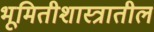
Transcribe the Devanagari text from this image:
भूमितीशास्त्रातील